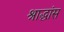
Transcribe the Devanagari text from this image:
श्राद्धांस